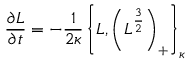
{ \frac { \partial L } { \partial t } } = - { \frac { 1 } { 2 \kappa } } \left\{ L , \left( L ^ { \frac { 3 } { 2 } } \right) _ { + } \right\} _ { \kappa }